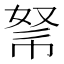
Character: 𢃂